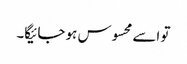
تو اسے محسوس ہو جائیگا۔